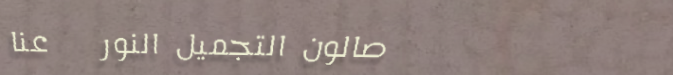
صالون التجميل النور   عنا